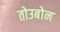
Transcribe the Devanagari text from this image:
तोउबोन